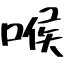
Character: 喉